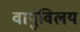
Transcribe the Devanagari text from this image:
वायुविलय